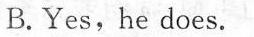
B.Yes, he does.